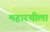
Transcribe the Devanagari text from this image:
महारथीला